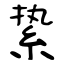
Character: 絷